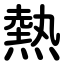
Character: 熱